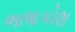
ભાષાકોશ